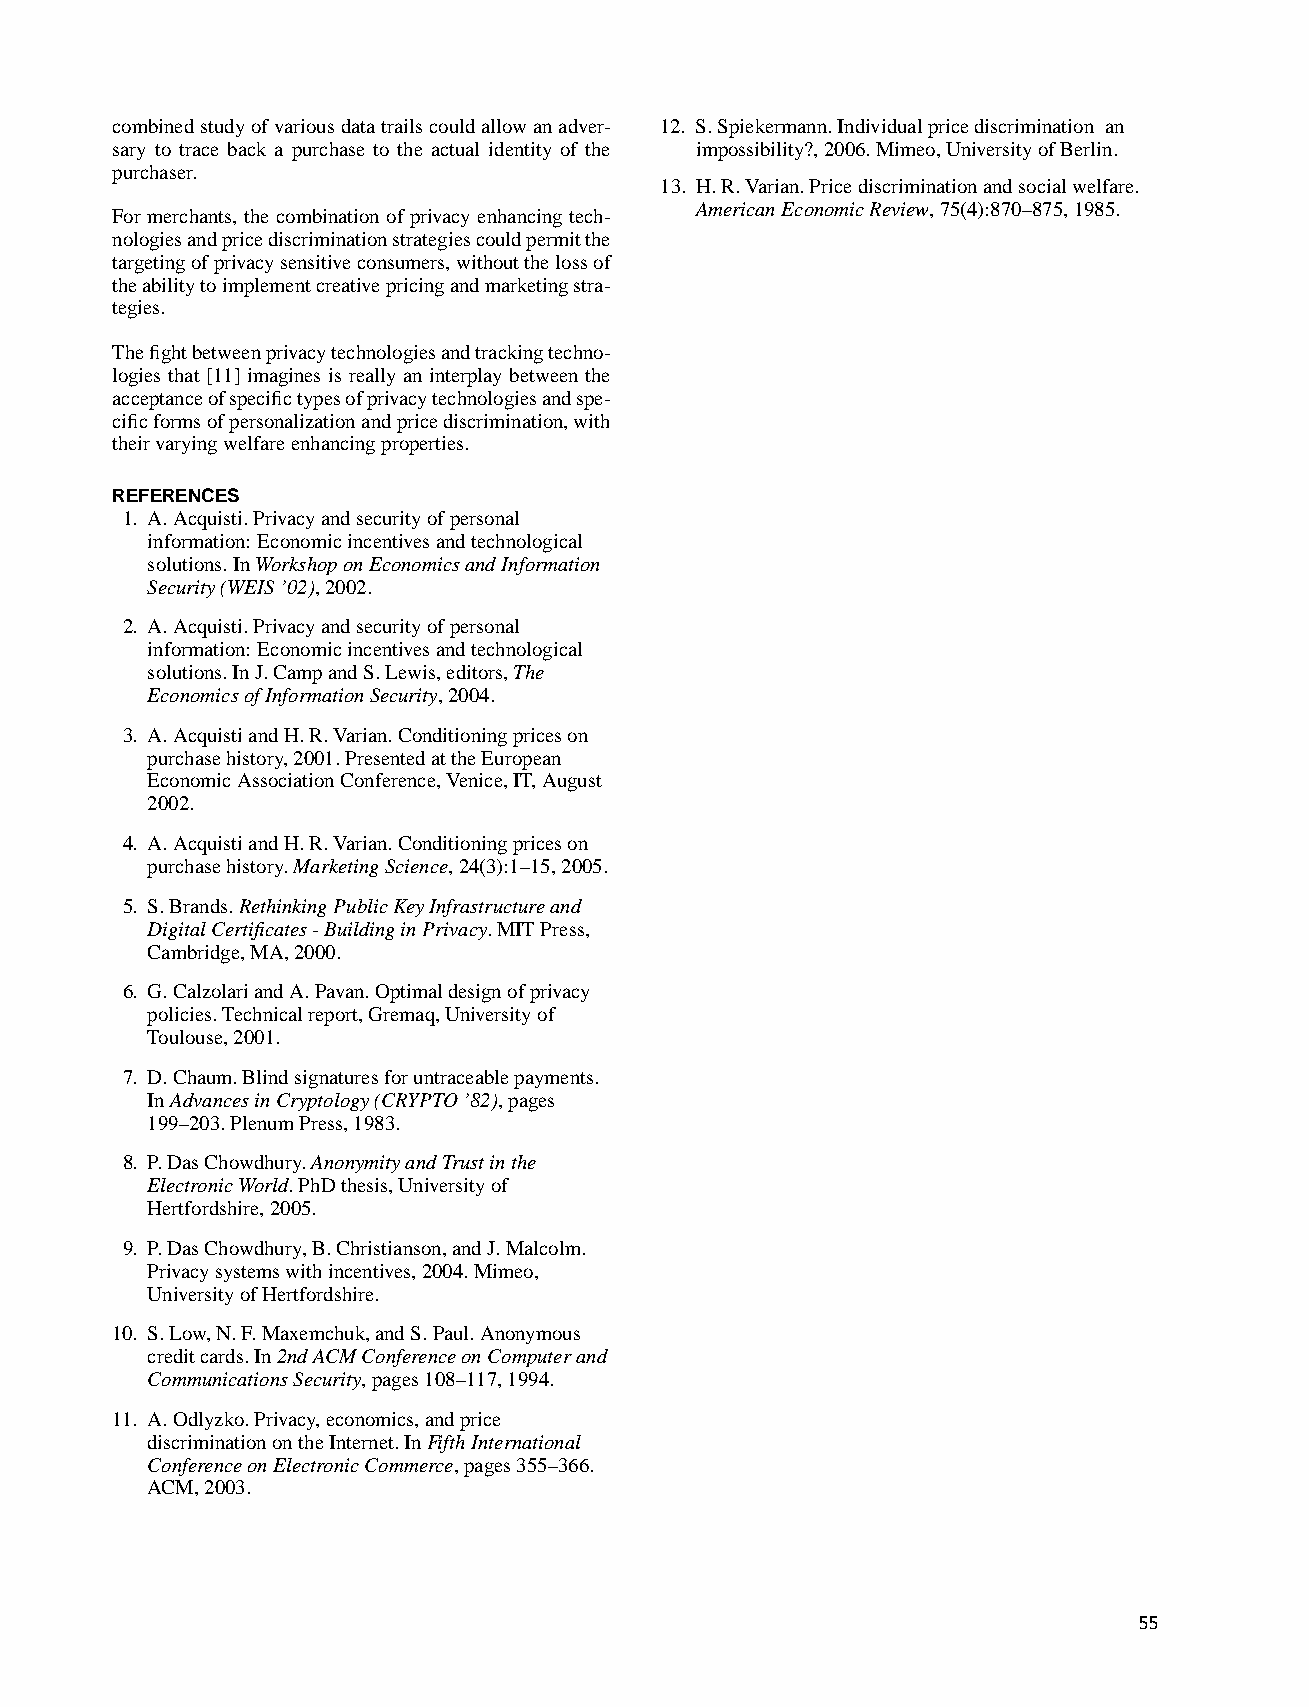
combinedstudyofvariousdatatrailscouldallowanadver- 12. S.Spiekermann.Individualpricediscrimination an
 sary to trace back a purchase to the actual identity of the impossibility?,2006.Mimeo,UniversityofBerlin.
 purchaser.
 13. H.R.Varian.Pricediscriminationandsocialwelfare.
 AmericanEconomicReview,75(4):870–875,1985.
 For merchants, the combination of privacy enhancing tech-
 nologiesandpricediscriminationstrategiescouldpermitthe
 targetingofprivacysensitiveconsumers,withoutthelossof
 theabilitytoimplementcreativepricingandmarketingstra-
 tegies.
 Thefightbetweenprivacytechnologiesandtrackingtechno-
 logies that [11] imagines is really an interplay between the
 acceptanceofspecifictypesofprivacytechnologiesandspe-
 cificformsofpersonalizationandpricediscrimination,with
 theirvaryingwelfareenhancingproperties.
 REFERENCES
 1. A.Acquisti.Privacyandsecurityofpersonal
 information: Economicincentivesandtechnological
 solutions.InWorkshoponEconomicsandInformation
 Security(WEIS’02),2002.
 2. A.Acquisti.Privacyandsecurityofpersonal
 information: Economicincentivesandtechnological
 solutions.InJ.CampandS.Lewis,editors,The
 EconomicsofInformationSecurity,2004.
 3. A.AcquistiandH.R.Varian.Conditioningpriceson
 purchasehistory,2001.PresentedattheEuropean
 EconomicAssociationConference,Venice,IT,August
 2002.
 4. A.AcquistiandH.R.Varian.Conditioningpriceson
 purchasehistory.MarketingScience,24(3):1–15,2005.
 5. S.Brands.RethinkingPublicKeyInfrastructureand
 DigitalCertificates-BuildinginPrivacy.MITPress,
 Cambridge,MA,2000.
 6. G.CalzolariandA.Pavan.Optimaldesignofprivacy
 policies.Technicalreport,Gremaq,Universityof
 Toulouse,2001.
 7. D.Chaum.Blindsignaturesforuntraceablepayments.
 InAdvancesinCryptology(CRYPTO’82),pages
 199–203.PlenumPress,1983.
 8. P.DasChowdhury.AnonymityandTrustinthe
 ElectronicWorld.PhDthesis,Universityof
 Hertfordshire,2005.
 9. P.DasChowdhury,B.Christianson,andJ.Malcolm.
 Privacysystemswithincentives,2004.Mimeo,
 UniversityofHertfordshire.
 10. S.Low,N.F.Maxemchuk,andS.Paul.Anonymous
 creditcards.In2ndACMConferenceonComputerand
 CommunicationsSecurity,pages108–117,1994.
 11. A.Odlyzko.Privacy,economics,andprice
 discriminationontheInternet.InFifthInternational
 ConferenceonElectronicCommerce,pages355–366.
 ACM,2003.
 55